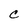
Character: C